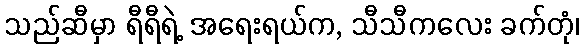
သည်ဆီမှာ ရီရီရဲ့ အရေးရယ်က, သီသီကလေး ခက်တုံ၊